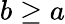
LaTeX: b\geq a